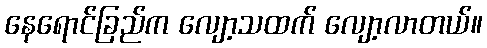
နေရောင်ခြည်က လျော့သထက် လျော့လာတယ်။